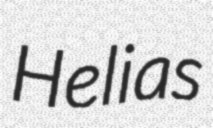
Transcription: Helias